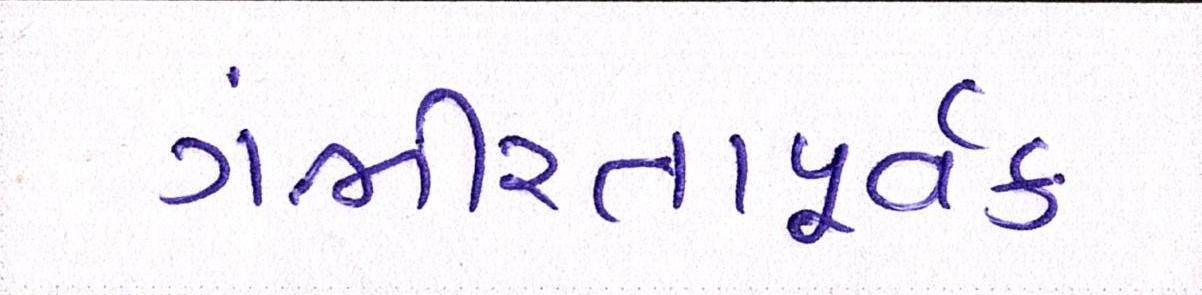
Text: ગંભીરતાપૂર્વક